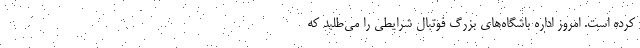
کرده است. امروز اداره باشگاه‌های بزرگ فوتبال شرایطی را می‌طلبد که